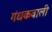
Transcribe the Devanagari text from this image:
गंधकवाली